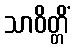
သာဝိတ္တိံ